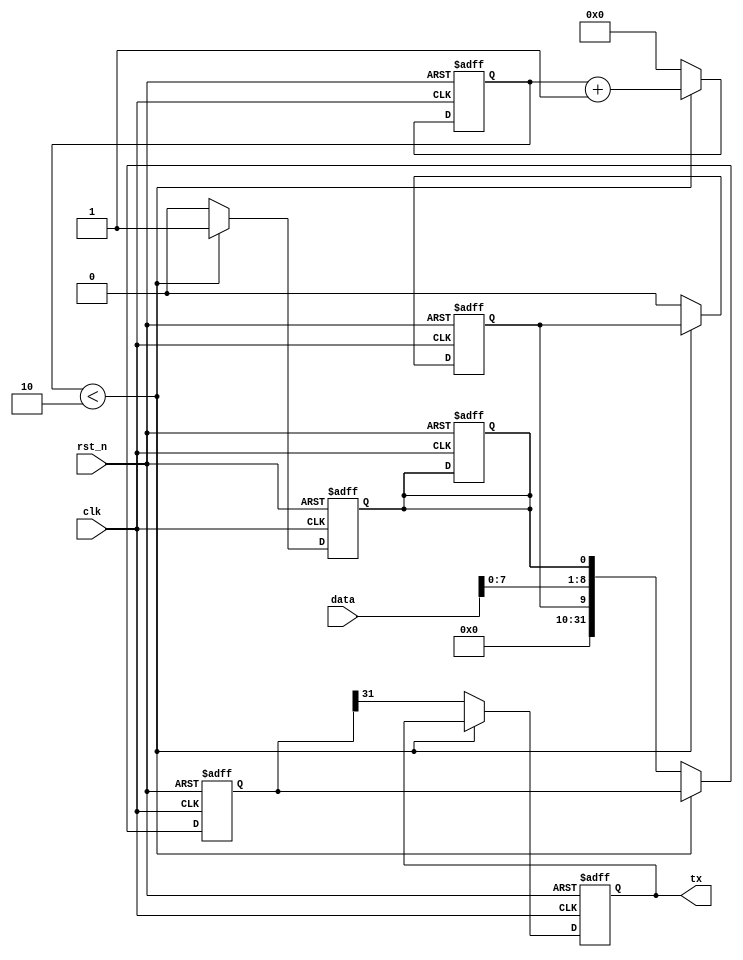
module uart_transmitter (
  input wire clk,
  input wire rst_n,
  input wire [31:0] data,
  output reg tx
);

  // Parameters for baud rate and clock frequency
  parameter BAUD_RATE = 9600;
  parameter CLOCK_FREQ = 50000000; // Assuming a 50MHz clock

  // Internal registers
  reg [3:0] count;
  reg [31:0] shift_reg;
  reg start_bit, stop_bit;

  always @(posedge clk or negedge rst_n) begin
    if (~rst_n) begin
      count <= 4'b0;
      shift_reg <= 32'b0;
      start_bit <= 1'b1;
      stop_bit <= 1'b1;
      tx <= 1'b1;
    end else begin
      if (count < 4'b10) begin
        count <= count + 1;
      end else begin
        count <= 4'b0;
        start_bit <= 1'b0;
        shift_reg <= {start_bit, data[7:0], stop_bit};
        tx <= shift_reg[31];
      end
    end
  end

  always @(posedge clk or negedge rst_n) begin
    if (~rst_n) begin
      stop_bit <= 1'b1;
    end else begin
      if (count < 4'b10) begin
        stop_bit <= 1'b1;
      end else begin
        stop_bit <= 1'b0;
      end
    end
  end

endmodule